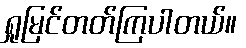
ရှုမြင်တတ်ကြပါတယ်။